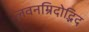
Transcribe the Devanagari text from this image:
लवनम्रिदोद्भिद